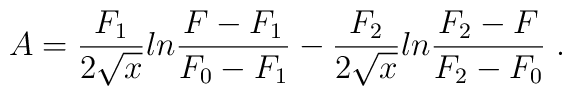
A = \frac{F_1}{2 \sqrt{x}} ln \frac{F - F_1}{F_0 - F_1} - \frac{F_2}{2 \sqrt{x}} ln \frac{F_2 - F}{F_2 - F_0} \; .